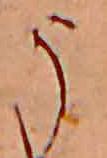
う